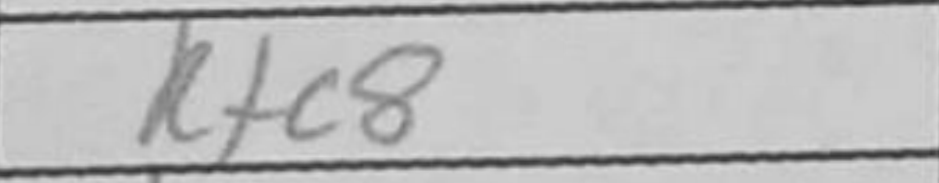
Transcription: Rfc8